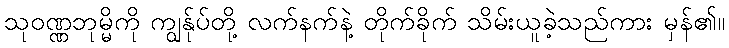
သုဝဏ္ဏဘုမ္မိကို ကျွန်ုပ်တို့ လက်နက်နဲ့ တိုက်ခိုက် သိမ်းယူခဲ့သည်ကား မှန်၏။